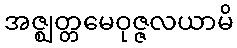
အဇ္ဈတ္တမေဝုဇ္ဇလယာမိ